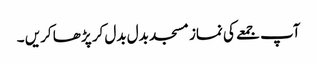
آپ جمعے کی نماز مسجد بدل بدل کر پڑھا کریں ۔